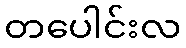
တပေါင်းလ